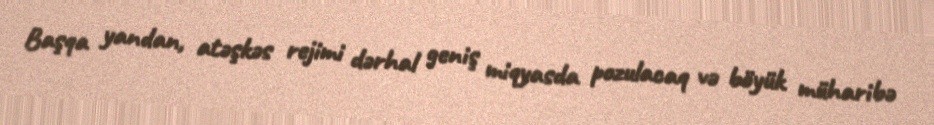
Başqa yandan, atəşkəs rejimi dərhal geniş miqyasda pozulacaq və böyük müharibə